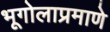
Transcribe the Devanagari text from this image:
भूगोलाप्रमाणे